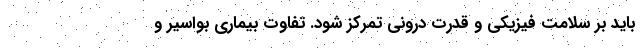
باید بر سلامت فیزیکی و قدرت درونی تمرکز شود. تفاوت بیماری بواسیر و